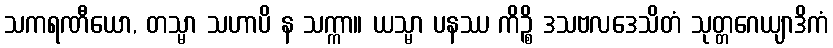
သကရဏီယော, တသ္မာ သဟာပိ န သက္ကာ။ ယသ္မာ ပနဿ ကိဉ္စိ ဒသဗလဒေသိတံ သုတ္တဂေယျာဒိကံ